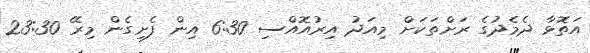
އަތޮޅާ ދެމެދުގެ ރަށްތަކަށް މިއަދު އިރުއޮއްސި 6:30 އިން ފެށިގެން މިރޭ 23:30